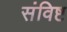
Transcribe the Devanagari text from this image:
संविष्ट